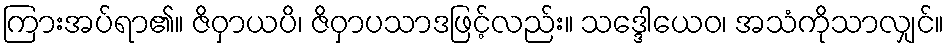
ကြားအပ်ရာ၏။ ဇိဝှာယပိ၊ ဇိဝှာပသာဒဖြင့်လည်း။ သဒ္ဒေါယေဝ၊ အသံကိုသာလျှင်။